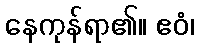
နေကုန်ရာ၏။ ဧဝံ၊